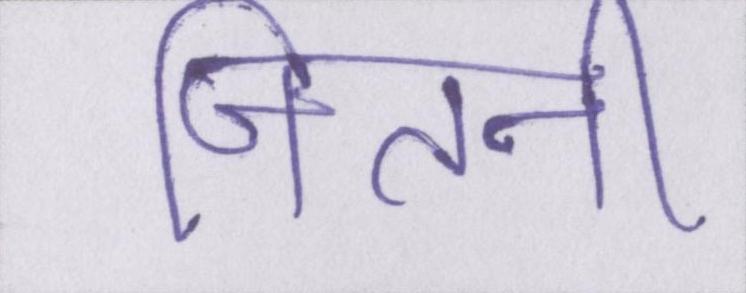
जितनी